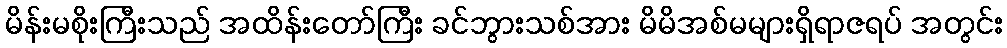
မိန်းမစိုးကြီးသည် အထိန်းတော်ကြီး ခင်ဘွားသစ်အား မိမိအစ်မများရှိရာဇရပ် အတွင်း